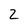
Character: 2